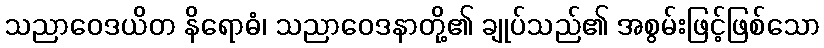
သညာဝေဒယိတ နိရောဓံ၊ သညာဝေဒနာတို့၏ ချုပ်သည်၏ အစွမ်းဖြင့်ဖြစ်သော